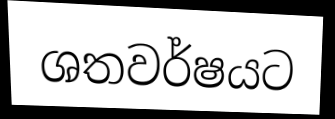
ශතවර්ෂයට